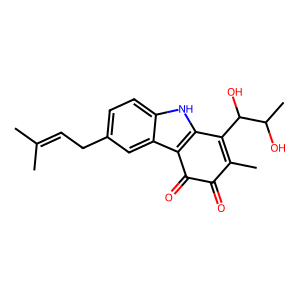
SMILES: CC(C)=CCc1ccc2[nH]c3c(c2c1)C(=O)C(=O)C(C)=C3C(O)C(C)O
Inhibits HIV replication: No